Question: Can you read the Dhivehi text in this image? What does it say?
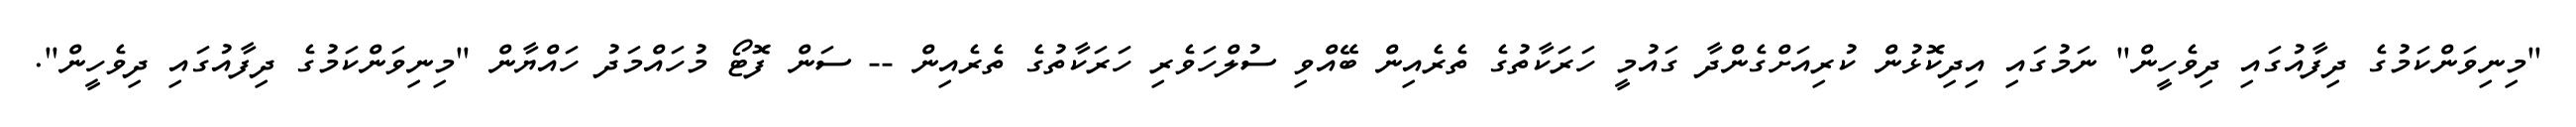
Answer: "މިނިވަންކަމުގެ ދިފާއުގައި ދިވެހީން" ނަމުގައި އިދިކޮޅުން ކުރިއަށްގެންދާ ގައުމީ ހަރަކާތުގެ ތެރެއިން ބޭއްވި ސުލްހަވެރި ހަރަކާތުގެ ތެރެއިން -- ސަން ފޮޓޯ މުހައްމަދު ހައްޔާން "މިނިވަންކަމުގެ ދިފާއުގައި ދިވެހީން".